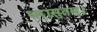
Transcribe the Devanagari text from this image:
धरासुतम्।